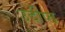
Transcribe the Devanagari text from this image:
उदीप्त